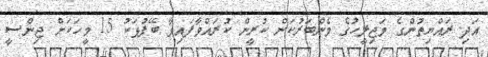
އަދި ރައްޔިތުންގެ މަޖިލީހުގެ މެންބަރުކަން ކުރީން ކުރައްވާފައިވާ ބޭފުޅަކު 15 މީހަކަށް ޖިންސީ